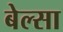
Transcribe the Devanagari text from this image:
बेल्सा